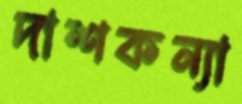
দাশকন্যা